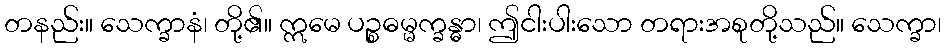
တနည်း။ သေက္ခာနံ၊ တို့၏။ ဣမေ ပဉ္စဓမ္မက္ခန္ဓာ၊ ဤငါးပါးသော တရားအစုတို့သည်။ သေက္ခာ၊